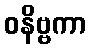
ဝနိဗ္ဗကာ